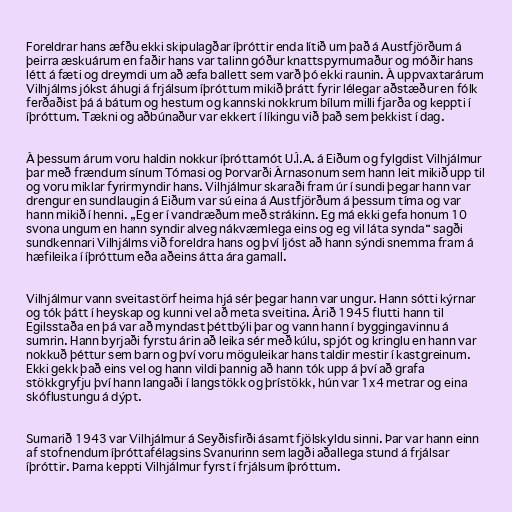
Foreldrar hans æfðu ekki skipulagðar íþróttir enda lítið um það á Austfjörðum á
þeirra æskuárum en faðir hans var talinn góður knattspyrnumaður og móðir hans
létt á fæti og dreymdi um að æfa ballett sem varð þó ekki raunin. Á uppvaxtarárum
Vilhjálms jókst áhugi á frjálsum íþróttum mikið þrátt fyrir lélegar aðstæður en fólk
ferðaðist þá á bátum og hestum og kannski nokkrum bílum milli fjarða og keppti í
íþróttum. Tækni og aðbúnaður var ekkert í líkingu við það sem þekkist í dag.

Á þessum árum voru haldin nokkur íþróttamót U.Í.A. á Eiðum og fylgdist Vilhjálmur
þar með frændum sínum Tómasi og Þorvarði Árnasonum sem hann leit mikið upp til
og voru miklar fyrirmyndir hans. Vilhjálmur skaraði fram úr í sundi þegar hann var
drengur en sundlaugin á Eiðum var sú eina á Austfjörðum á þessum tíma og var
hann mikið í henni. „Eg er í vandræðum með strákinn. Eg má ekki gefa honum 10
svona ungum en hann syndir alveg nákvæmlega eins og eg vil láta synda“ sagði
sundkennari Vilhjálms við foreldra hans og því ljóst að hann sýndi snemma fram á
hæfileika í íþróttum eða aðeins átta ára gamall.

Vilhjálmur vann sveitastörf heima hjá sér þegar hann var ungur. Hann sótti kýrnar
og tók þátt í heyskap og kunni vel að meta sveitina. Árið 1945 flutti hann til
Egilsstaða en þá var að myndast þéttbýli þar og vann hann í byggingavinnu á
sumrin. Hann byrjaði fyrstu árin að leika sér með kúlu, spjót og kringlu en hann var
nokkuð þéttur sem barn og því voru möguleikar hans taldir mestir í kastgreinum.
Ekki gekk það eins vel og hann vildi þannig að hann tók upp á því að grafa
stökkgryfju því hann langaði í langstökk og þrístökk, hún var 1x4 metrar og eina
skóflustungu á dýpt.

Sumarið 1943 var Vilhjálmur á Seyðisfirði ásamt fjölskyldu sinni. Þar var hann einn
af stofnendum íþróttafélagsins Svanurinn sem lagði aðallega stund á frjálsar
íþróttir. Þarna keppti Vilhjálmur fyrst í frjálsum íþróttum.